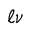
\ell \nu